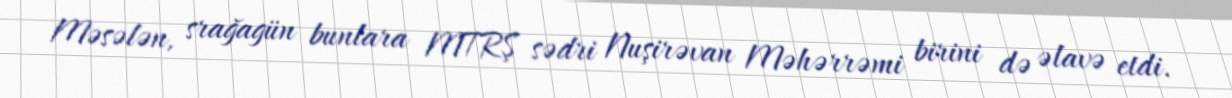
Məsələn, srağagün bunlara MTRŞ sədri Nuşirəvan Məhərrəmi birini də əlavə etdi.